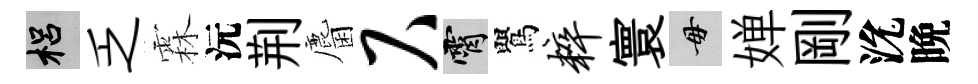
梠乏霖沅荆麕尺霄鸎粹寰毋婵剛沇晩